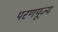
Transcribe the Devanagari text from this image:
परणपूज्य